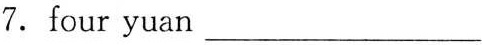
7.four yuan___